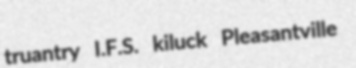
truantry I.F.S. kiluck Pleasantville